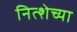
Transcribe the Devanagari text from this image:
नित्शेच्या